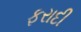
ફરાદી